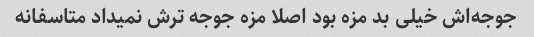
جوجه‌اش خیلی بد مزه بود اصلا مزه جوجه ترش نمیداد متاسفانه